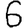
Digit: 6